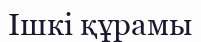
Ішкі құрамы